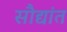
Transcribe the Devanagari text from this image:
सौद्यांत